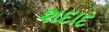
શદાદ